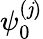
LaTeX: \psi_{0}^{(\mathit{j})}